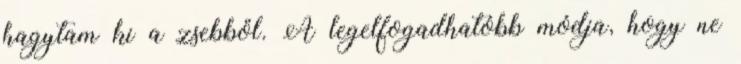
hagytam ki a zsebből. A legelfogadhatóbb módja, hogy ne